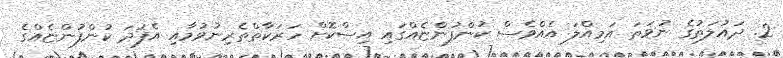
2. ދައުލަތުގެ ނުވަތަ އަމިއްލަ އެއްވެސް ކުންފުންޏެއްގައި އިސްކޮށް ހަރަކާތްތެރިނުވުމާއި އެފަދަ ކުންފުންޏެއްގެ